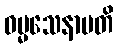
ဓမ္မသေနာပတိ